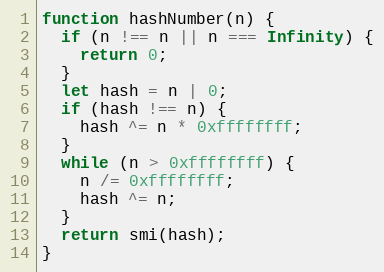
Language: JavaScript
function hashNumber(n) {
  if (n !== n || n === Infinity) {
    return 0;
  }
  let hash = n | 0;
  if (hash !== n) {
    hash ^= n * 0xffffffff;
  }
  while (n > 0xffffffff) {
    n /= 0xffffffff;
    hash ^= n;
  }
  return smi(hash);
}